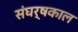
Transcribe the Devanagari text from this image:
संघर्षकाल